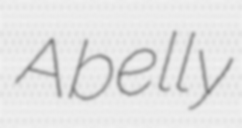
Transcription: A belly